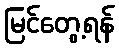
မြင်တွေ့ရန်